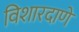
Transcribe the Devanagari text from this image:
विशारदाणे